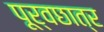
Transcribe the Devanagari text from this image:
पूर्वछात्र